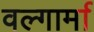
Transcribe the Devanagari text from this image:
वल्गार्मा